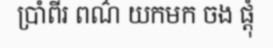
ប្រាំពីរ ពណ៌ យកមក ចង ផ្តុំ